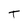
Character: T